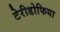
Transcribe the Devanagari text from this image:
टेरीडोफिया